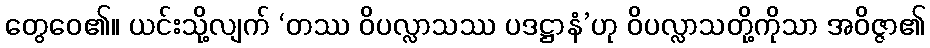
တွေဝေ၏။ ယင်းသို့လျက် ‘တဿ ဝိပလ္လာသဿ ပဒဋ္ဌာနံ’ဟု ဝိပလ္လာသတို့ကိုသာ အဝိဇ္ဇာ၏